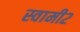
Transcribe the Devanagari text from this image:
स्वामी२